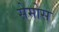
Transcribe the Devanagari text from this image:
सेमोस